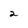
Character: 2